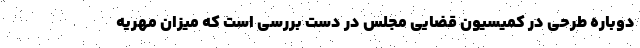
دوباره طرحی در کمیسیون قضایی مجلس در دست بررسی است که میزان مهریه